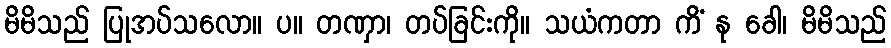
မိမိသည် ပြုအပ်သလော။ ပ။ တဏှာ၊ တပ်ခြင်းကို။ သယံကတာ ကိံ နု ခေါ၊ မိမိသည်